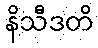
နိသီဒတိ